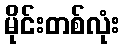
မိုင်းတစ်လုံး